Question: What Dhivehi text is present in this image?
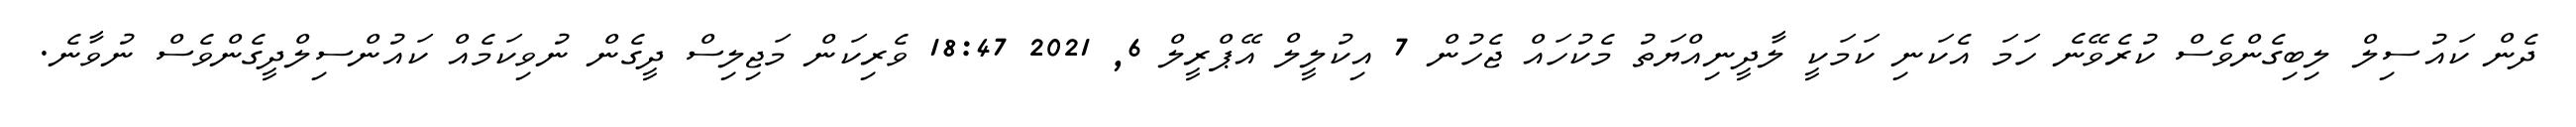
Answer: ދެން ކައުސިލް ލިބިގެންވެސް ކުރެވޭނެ ހަމަ އެކަނި ކަމަކީ ލާދީނިއްޔަތު މެކުހައް ޖެހުން 7 އިކުލީލް އޭޕްރީލް 6, 2021 18:47 ވެރިކަން މަޖިލިސް ދީގެން ނުވިކަމެއް ކައުންސިލްދީގެންވެސް ނުވާނެ.